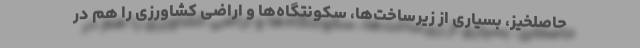
حاصلخیز، بسیاری از زیرساخت‌ها، سکونتگاه‌ها و اراضی کشاورزی را هم در